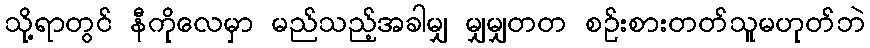
သို့ရာတွင် နီကိုလေမှာ မည်သည့်အခါမျှ မျှမျှတတ စဉ်းစားတတ်သူမဟုတ်ဘဲ